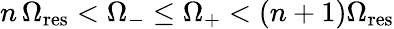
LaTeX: n\, \Omega_{\mathrm{res}}<\Omega_{-}\leq\Omega_{+}<(n+1)\Omega_{\mathrm{res}}